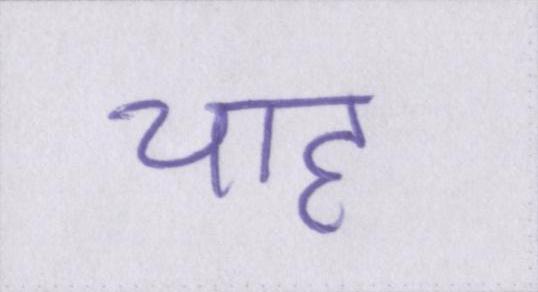
चाह